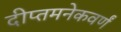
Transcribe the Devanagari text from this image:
दीप्तमनेकवर्णं